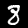
Digit: 8